system: You are a helpful assistant.
user:
Analyze the provided spectrum to determine if it is a **M-type Giant (gM)**.

A M-type Giant spectrum is defined by its **strong molecular absorption** features, particularly from **Titanium Oxide (TiO)**. You must check for one of the following mutually exclusive signatures:

- **Key Visual Indicators (Absorption-Dominated Spectrum):**

    - **(Primary):** The spectrum is dominated by strong molecular absorption from **Titanium Oxide (TiO)**. This is the **defining feature** of its M-type temperature class.
        - **(Key Bandheads):** Look for sharp, "saw-tooth" absorption valleys. The strongest are located near **~7050 Å**, **~6160 Å**, and **~5170 Å**.
        - **(Line Profile):** The "saw-tooth" morphology is critical: a **sharp, steep drop on the BLUE (short-wavelength) side** of the bandhead, followed by a gradual recovery (rising flux) towards the RED (long-wavelength) side.

    - **(Key Confirmation - Giant vs. Dwarf):** **ABSENCE** of strong **Calcium Hydride (CaH)** molecular bands. This is the primary diagnostic for *excluding* M-dwarfs.
        - **(Key Region):** The spectrum should lack the strong, broad absorption band seen in dwarfs between **~6800 Å and ~7000 Å**.

    - **(Secondary Confirmation - Giant):** A very strong and broad **Neutral Calcium (Ca I)** atomic absorption line.
        - **(Key Line):** Located at **~4226 Å**. In a giant (gM), this line is significantly deeper and broader than the same line in an M-dwarf (dM) due to low surface gravity.

    - **(Overall Spectrum):**
        - The continuum is **extremely red-sloping** (i.e., flux is very low in the blue and rises dramatically towards the red).
        - The entire spectrum appears "chopped up" by the deep TiO bands.

Think first, call **spectral_visualization_tool** if needed to examine features in detail, then provide your final answer. Your response must adhere to the following strict rules:
1.  **Overall Structure:** Your response must follow the format `<think>...</think> <tool_call>...</tool_call> (if a tool is used) <answer>...</answer>`.
2.  **Tool Usage Constraint:** You may only make **one** tool call per turn.
3.  **Final Answer Format:** In the `<answer>` tag, your conclusion must be inside a `\boxed{}` command (e.g., `\boxed{YES}` or `\boxed{NO}`), followed by your justification.

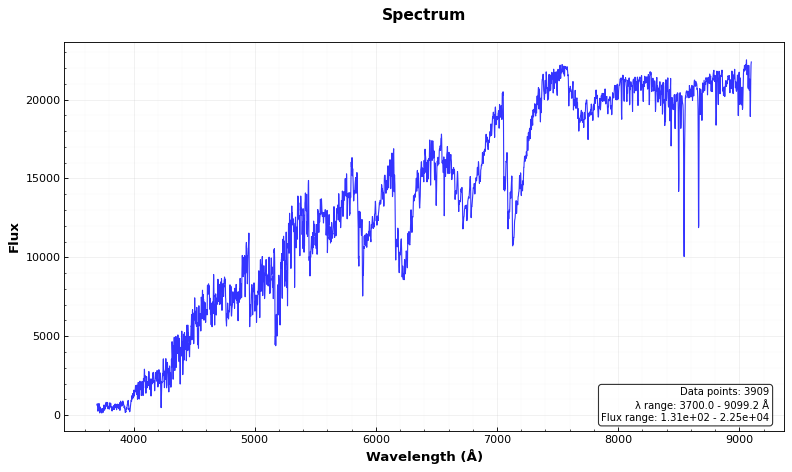
Answer: YES